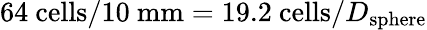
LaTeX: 64~\mathrm{cells}/10~\mathrm{mm}=19.2~\mathrm{cells}/D_{\mathrm{sphere}}